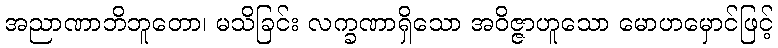
အညာဏာဘိဘူတော၊ မသိခြင်း လက္ခဏာရှိသော အဝိဇ္ဇာဟူသော မောဟမှောင်ဖြင့်